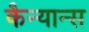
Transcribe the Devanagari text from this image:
कैन्यान्स